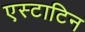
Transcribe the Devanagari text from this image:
एस्टाटिन